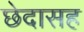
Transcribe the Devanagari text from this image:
छेदासह